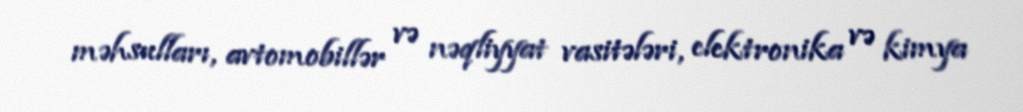
məhsulları, avtomobillər və nəqliyyat vasitələri, elektronika və kimya